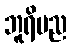
ဘူရိပည